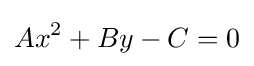
Ax^{2}+By-C=0